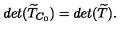
d e t ( \widetilde { T } _ { C _ { 0 } } ) = d e t ( \widetilde { T } ) .